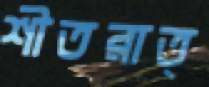
শীতরাত্